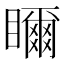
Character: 𥌃